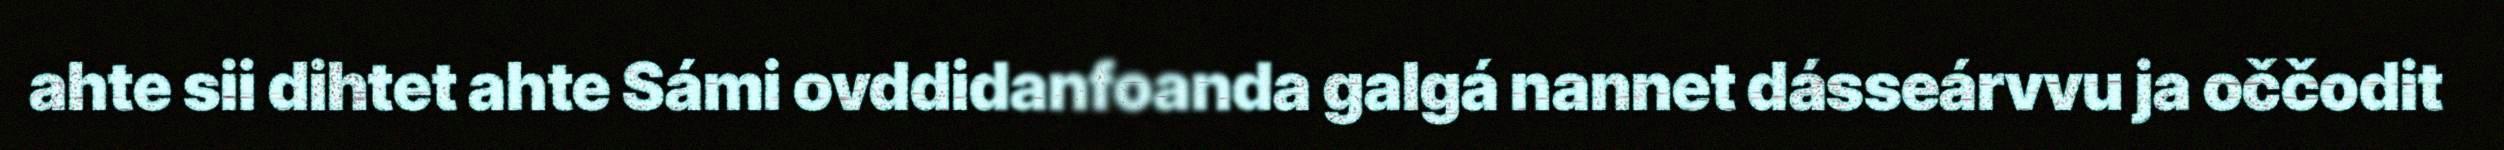
ahte sii dihtet ahte Sámi ovddidanfoanda galgá nannet dásseárvvu ja oččodit